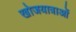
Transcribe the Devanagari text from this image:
खोजयात्राओं